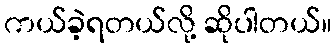
ကယ်ခဲ့ရတယ်လို့ ဆိုပါတယ်။